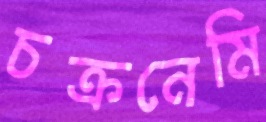
চক্রনেমি